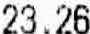
23.26